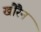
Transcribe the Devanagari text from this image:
खौरैन